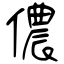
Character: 儂